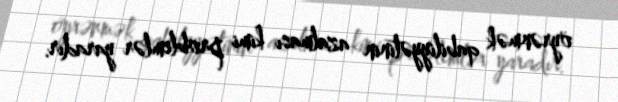
öyrənmək qabiliyyətinin azalması kimi problemlər yaradır.